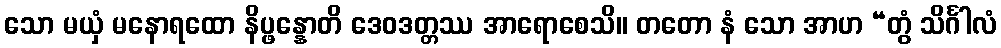
သော မယှံ မနောရထော နိပ္ဖန္နောတိ ဒေဝဒတ္တဿ အာရောစေသိ။ တတော နံ သော အာဟ “တွံ သိင်္ဂါလံ